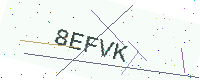
Text: 8EFVK